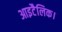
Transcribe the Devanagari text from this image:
आइटैलिक।